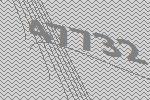
47732